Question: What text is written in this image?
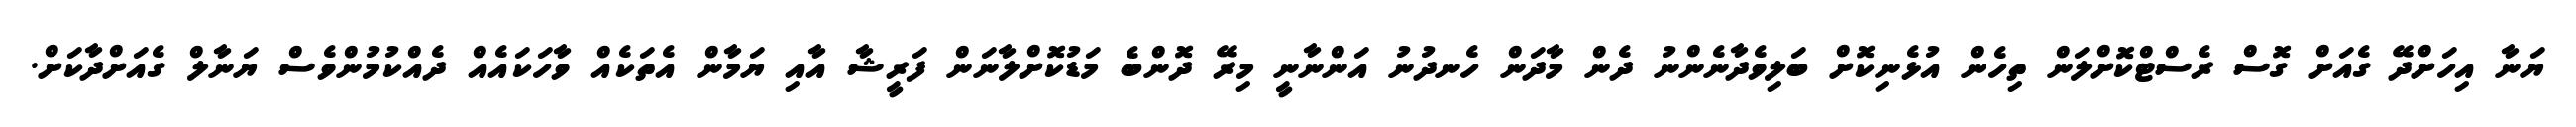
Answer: ޔަނާ އިހަށްދޭ ގެއަށް ގޮސް ރެސްޓްކޮށްލަން ތިހެން އުޅެނިކޮށް ބަލިވެދާނެންނު ދެން މާދަން ހެނދުނު އަންނާނީ މިރޭ ދޮންބެ މަޑުކޮށްލާނަން ފަރީޝާ އާއި ޔަމާން އެތަކެއް ވާހަކައެއް ދެއްކުމުންވެސް ޔަނާލް ގެއަށްދާކަށް.